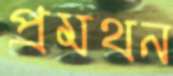
প্রমথন